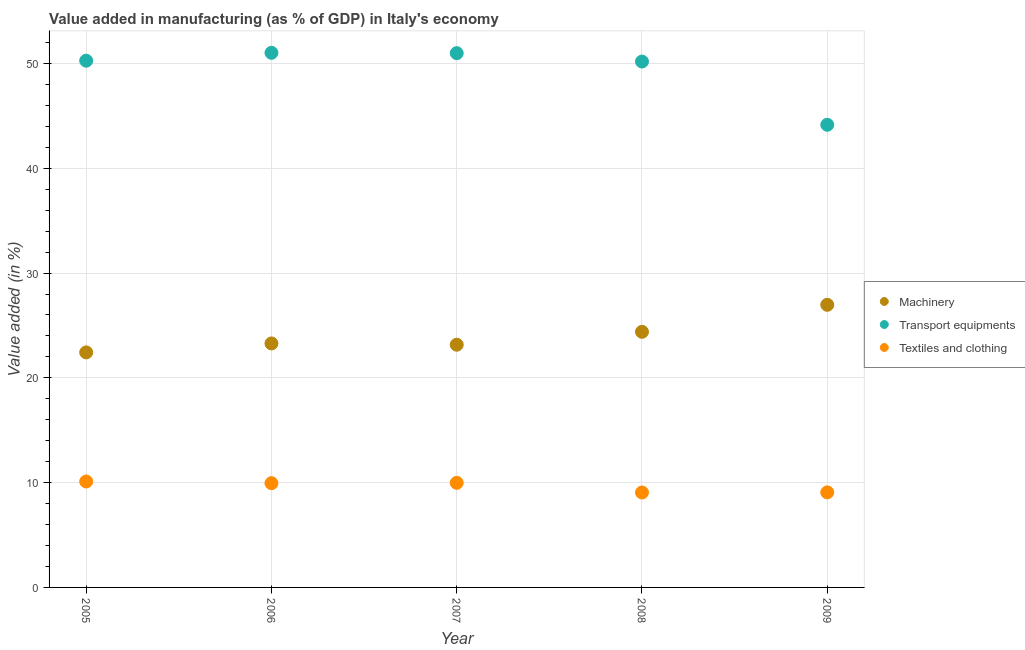
| Year | Machinery | Transport equipments | Textiles and clothing |
 | --- | --- | --- | --- |
 | 2005 | 22.4 | 50.3 | 10.1 |
 | 2006 | 23.3 | 51 | 9.95 |
 | 2007 | 23.2 | 51 | 9.98 |
 | 2008 | 24.4 | 50.2 | 9.06 |
 | 2009 | 27 | 44.2 | 9.07 |